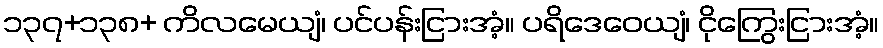
၁၃၇+၁၃၈+ ကိလမေယျံ၊ ပင်ပန်းငြားအံ့။ ပရိဒေဝေယျံ၊ ငိုကြွေးငြားအံ့။